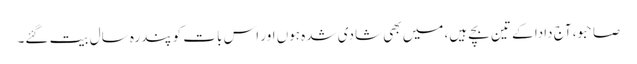
صاحبو، آج دادا کے تین بچے ہیں، میں بھی شادی شدہ ہوں اور اس بات کو پندرہ سال بیت گئے۔